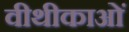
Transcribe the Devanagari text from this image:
वीथीकाओं